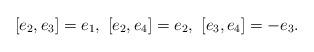
LaTeX: \begin{align*}[e_2,e_3]=e_1,\ [e_2,e_4]=e_2,\ [e_3,e_4]=-e_3. \end{align*}